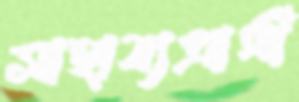
সাহায্যপ্রার্থী